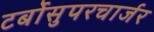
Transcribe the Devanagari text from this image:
टर्बोसुपरचार्जर